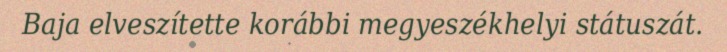
Baja elveszítette korábbi megyeszékhelyi státuszát.